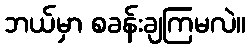
ဘယ်မှာ စခန်းချကြမလဲ။